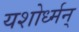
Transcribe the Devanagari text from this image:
यशोर्ध्मन्